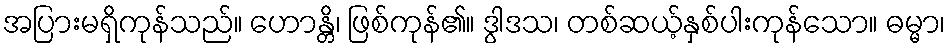
အပြားမရှိကုန်သည်။ ဟောန္တိ၊ ဖြစ်ကုန်၏။ ဒွါဒသ၊ တစ်ဆယ့်နှစ်ပါးကုန်သော။ ဓမ္မာ၊